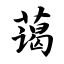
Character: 蔼